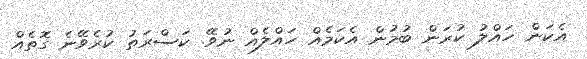
އެކަން ހައްލު ކުރަން ބުމުން އެކަމެއް ހައްލެއް ނުވޭ. ކަސްރަތު ކުރެވޭނެ ގޮތެއް